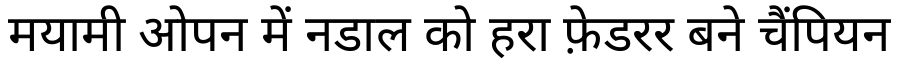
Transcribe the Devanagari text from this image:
मयामी ओपन में नडाल को हरा फ़ेडरर बने चैंपियन